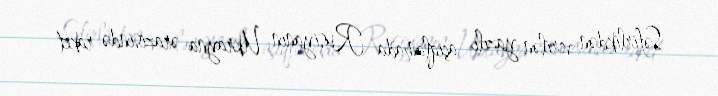
Səfirlikdən verilən yazılı açıqlamada Rusiyanın Ukrayna ərazisində raket